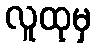
လူထုမှ